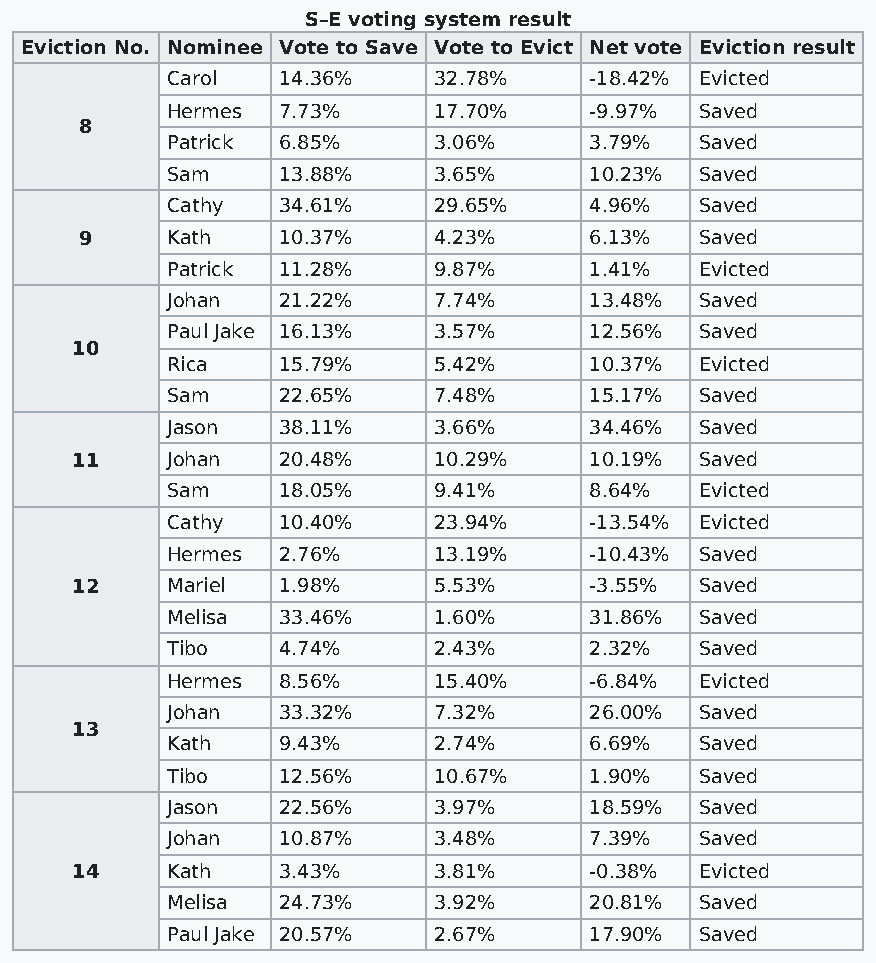
S–E voting system result
 Eviction No. Nominee Vote to Save Vote to Evict Net vote Eviction result
 Carol  14.36%     32.78%    -18.42% Evicted
 Hermes 7.73%      17.70%    -9.97% Saved
 8
 Patrick 6.85%     3.06%     3.79%  Saved
 Sam    13.88%     3.65%     10.23% Saved
 Cathy  34.61%     29.65%    4.96%  Saved
 9     Kath   10.37%     4.23%     6.13%  Saved
 Patrick 11.28%    9.87%     1.41%  Evicted
 Johan  21.22%     7.74%     13.48% Saved
 Paul Jake 16.13%  3.57%     12.56% Saved
 10
 Rica   15.79%     5.42%     10.37% Evicted
 Sam    22.65%     7.48%     15.17% Saved
 Jason  38.11%     3.66%     34.46% Saved
 11    Johan  20.48%     10.29%    10.19% Saved
 Sam    18.05%     9.41%     8.64%  Evicted
 Cathy  10.40%     23.94%    -13.54% Evicted
 Hermes 2.76%      13.19%    -10.43% Saved
 12    Mariel 1.98%      5.53%     -3.55% Saved
 Melisa 33.46%     1.60%     31.86% Saved
 Tibo   4.74%      2.43%     2.32%  Saved
 Hermes 8.56%      15.40%    -6.84% Evicted
 Johan  33.32%     7.32%     26.00% Saved
 13
 Kath   9.43%      2.74%     6.69%  Saved
 Tibo   12.56%     10.67%    1.90%  Saved
 Jason  22.56%     3.97%     18.59% Saved
 Johan  10.87%     3.48%     7.39%  Saved
 14    Kath   3.43%      3.81%     -0.38% Evicted
 Melisa 24.73%     3.92%     20.81% Saved
 Paul Jake 20.57%  2.67%     17.90% Saved